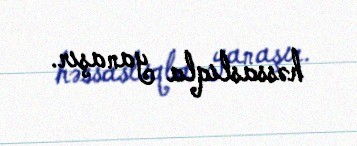
həssaslıqla yanaşır.